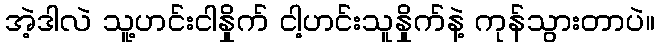
အဲ့ဒါလဲ သူ့ဟင်းငါနှိုက် ငါ့ဟင်းသူနှိုက်နဲ့ ကုန်သွားတာပဲ။